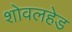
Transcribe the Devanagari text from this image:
शोवलहेड